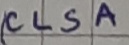
Text: CLSA